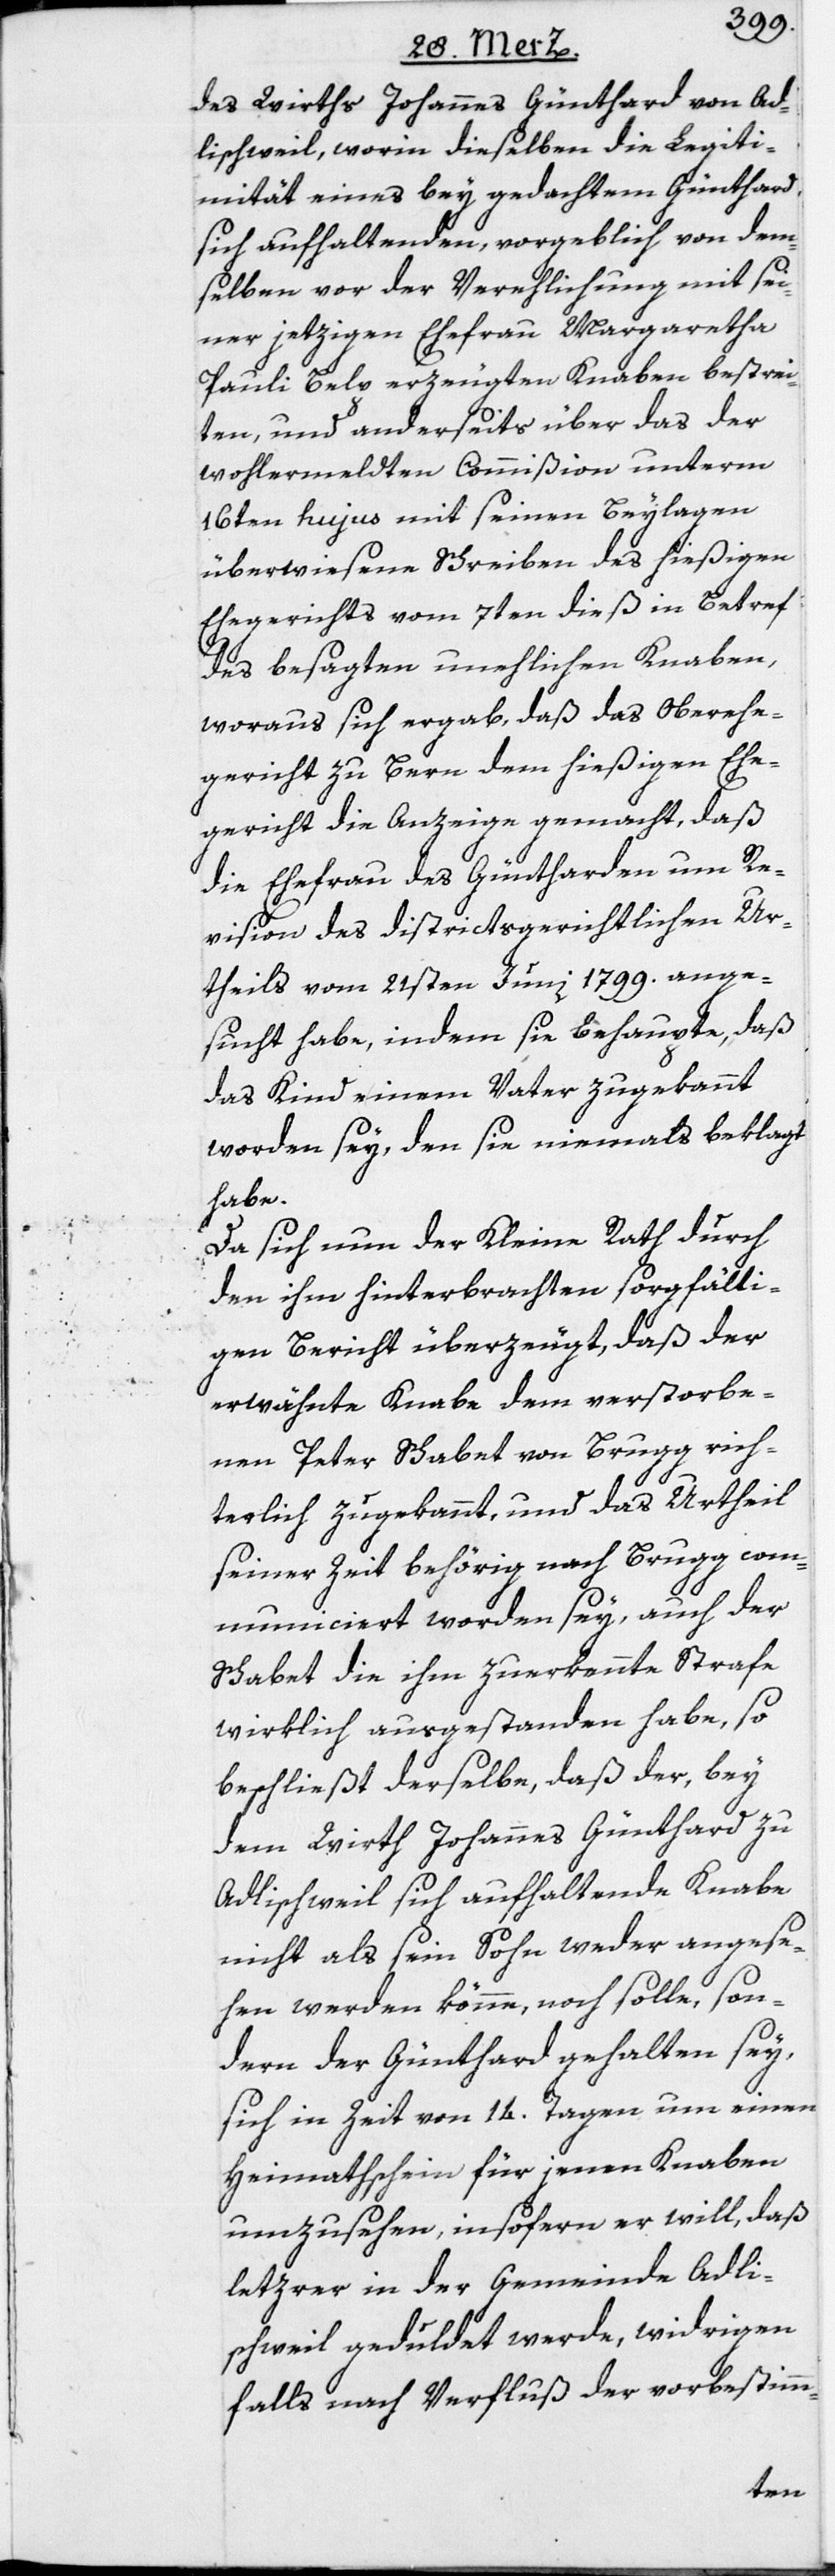
des Wirths Johannes Günthard von Ad¬
lischweil, worin dieselben die Legiti¬
mität eines bey gedachtem Günthard
sich aufhaltenden, vorgeblich von dem¬
selben vor der Verehlichung mit sei¬
ner jetzigen Ehefrau Margaretha
Pauli Belp erzeugten Knaben bestrei¬
ten, und anderseits über das der
wohlermeldten Commißion unterm
16ten hujus mit seinen Beylagen
überwiesene Schreiben des hießigen
Ehegerichts vom 7ten dieß in Betref
des besagten unehlichen Knaben,
woraus sich ergab, daß das Oberehe¬
gericht zu Bern dem hießigen Ehe¬
gericht die Anzeige gemacht, daß
die Ehefrau des Güntharden um Re¬
vision des districtsgerichtlichen Ur¬
theils vom 21sten Juni 1799. ange¬
sucht habe, indem sie behaupte, daß
das Kind einem Vater zugekannt
worden sey, den sie niemals beklagt
habe.
Da sich nun der Kleine Rath durch
den ihm hinterbrachten sorgfälti¬
gen Bericht überzeugt, daß der
erwähnte Knabe dem verstorbe¬
nen Peter Schabet von Brugg rich¬
terlich zugekannt, und das Urtheil
seiner Zeit behörig nach Brugg com¬
municiert worden sey, auch der
Schabet die ihm zuerkannte Strafe
wirklich ausgestanden habe, so
beschließt derselbe, daß der, bey
dem Wirth Johannes Günthard zu
Adlischweil sich aufhaltende Knabe
nicht als sein Sohn weder angese¬
hen werden könne, noch solle, son¬
dern der Günthard gehalten sey,
sich in Zeit von 14. Tagen um einen
Heimathschein für jenen Knaben
umzusehen, insofern er will, daß
letz[t]rer in der Gemeinde Adli¬
schweil geduldet werde, widrigen
falls nach Verfluß der vorbestimm-